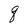
Character: q